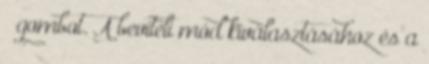
gombot. A beviteli mód kiválasztásához és a